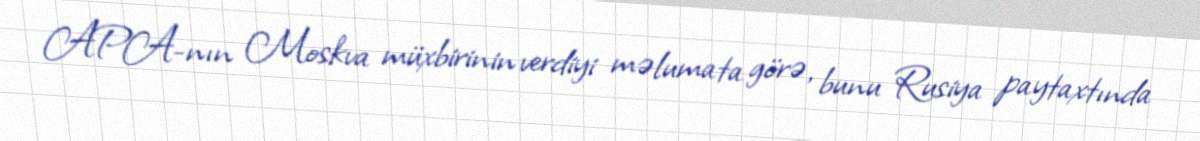
APA-nın Moskva müxbirinin verdiyi məlumata görə, bunu Rusiya paytaxtında